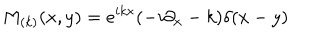
M _ { ( k ) } ( x , y ) = e ^ { i k x } ( - i \partial _ { x } - k ) \delta ( x - y )